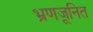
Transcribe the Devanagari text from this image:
भ्रूणजनित